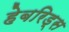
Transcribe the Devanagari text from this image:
हेबरिड्स